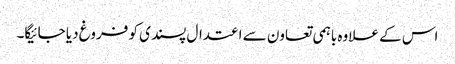
اس کے علاوہ باہمی تعاون سے اعتدال پسندی کو فروغ دیا جائیگا۔